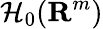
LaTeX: \mathcal{H}_{0}(\mathbf{R}^{m})